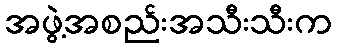
အဖွဲ့အစည်းအသီးသီးက